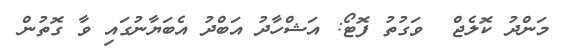
މަންދު ކޮލެޖް  ވަގުތު ފޮޓޯ: އަޝްހާދު އަބްދު އެބަޔާނުގައި ވާ ގޮތުން